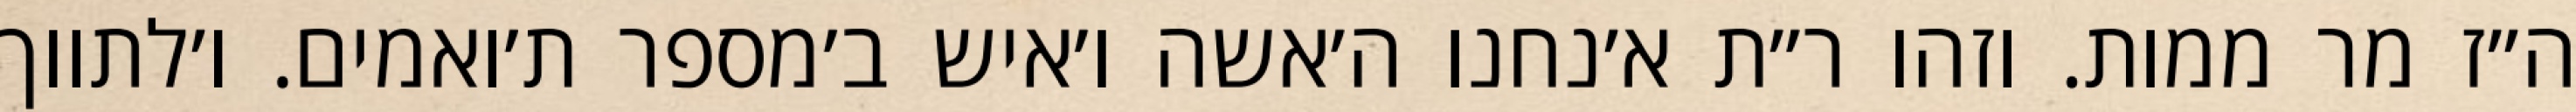
ה״ז מר ממות. וזהו ר״ת א׳נחנו ה׳אשה ו׳איש ב׳מספר ת׳ואמים. ו׳לתווך